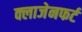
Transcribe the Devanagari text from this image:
क्लाजेनफर्ट